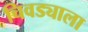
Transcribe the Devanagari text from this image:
चिवड्याला